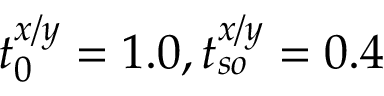
t _ { 0 } ^ { x / y } = 1 . 0 , t _ { s o } ^ { x / y } = 0 . 4